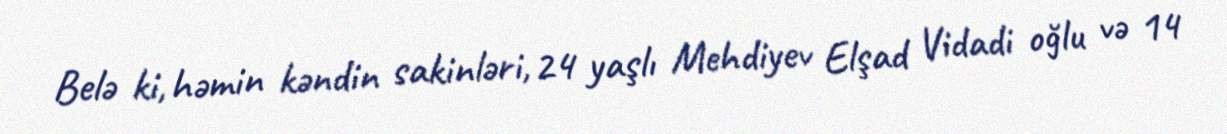
Belə ki, həmin kəndin sakinləri, 24 yaşlı Mehdiyev Elşad Vidadi oğlu və 14